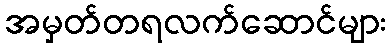
အမှတ်တရလက်ဆောင်များ